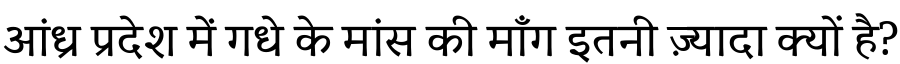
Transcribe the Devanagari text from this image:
आंध्र प्रदेश में गधे के मांस की माँग इतनी ज़्यादा क्यों है?